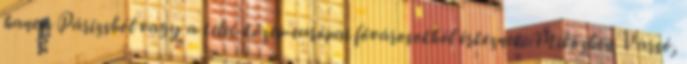
hanem Párizsból vagy a kelet-közép-európai fővárosokból érkeznek. Miközben Varsó,